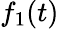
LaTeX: f_{1}(t)